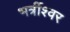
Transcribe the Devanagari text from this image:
भर्त्रीश्वर